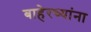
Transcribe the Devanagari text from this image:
बाहेरच्यांना